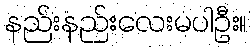
နည်းနည်းလေးမပါဦး။